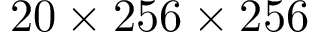
2 0 \times 2 5 6 \times 2 5 6